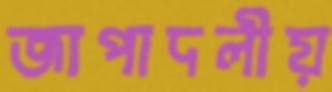
জাপাদলীয়